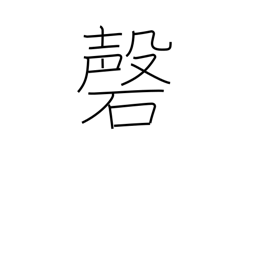
Meaning: upside-V-shaped gong